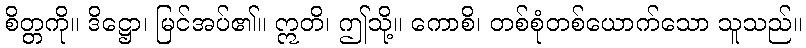
စိတ္တကို။ ဒိဋ္ဌော၊ မြင်အပ်၏။ ဣတိ၊ ဤသို့။ ကောစိ၊ တစ်စုံတစ်ယောက်သော သူသည်။